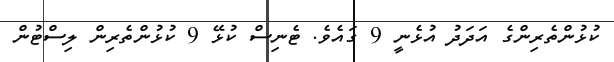
ކުޅުންތެރިންގެ އަދަދު އުޅެނީ 9 ގައެވެ. ޓެނިސް ކުޅޭ 9 ކުޅުންތެރިން ލިސްޓުން